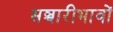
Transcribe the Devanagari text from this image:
सञ्चारीभावों